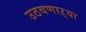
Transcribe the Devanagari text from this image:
उठवणाऱ्या